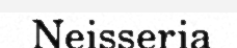
Neisseria